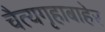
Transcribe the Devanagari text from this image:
चैत्यगृहाबाहेर